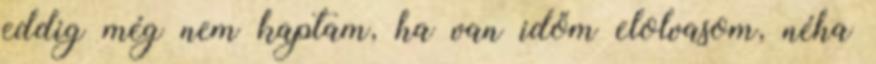
eddig még nem kaptam, ha van időm elolvasom, néha